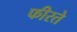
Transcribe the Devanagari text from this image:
फीरते